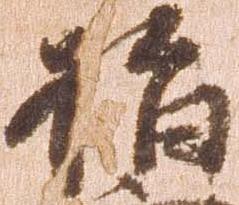
指